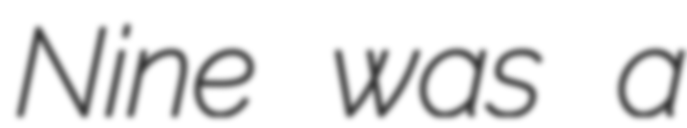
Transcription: Nine was a